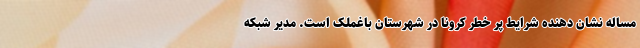
مساله نشان دهنده شرایط پر خطر کرونا در شهرستان باغملک است. مدیر شبکه